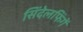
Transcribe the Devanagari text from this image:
सिंदेलफिंगें